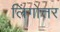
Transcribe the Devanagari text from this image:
लिंगोत्तर